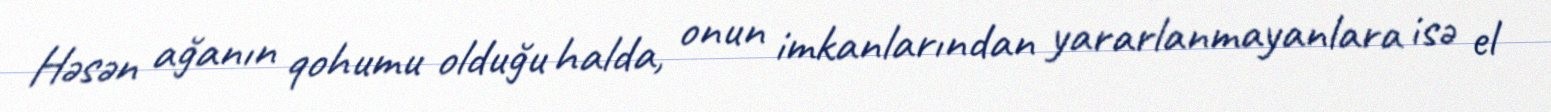
Həsən ağanın qohumu olduğu halda, onun imkanlarından yararlanmayanlara isə el